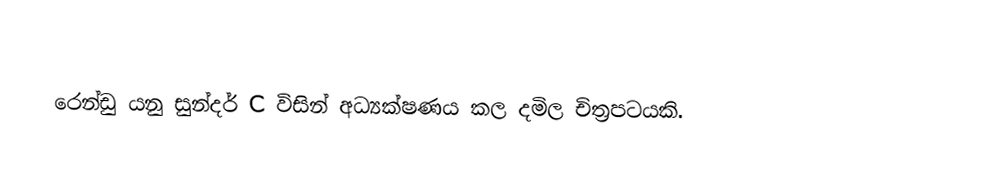
රෙන්ඩු යනු සුන්දර් C විසින් අධ්‍යක්ෂණය කල දමිල චිත්‍රපටයකි.